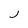
Character: j